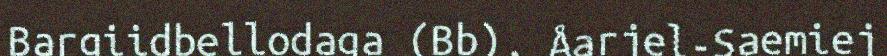
Bargiidbellodaga (Bb), Åarjel-Saemiej